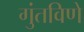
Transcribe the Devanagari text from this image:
गुंतविणे